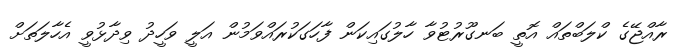
ރާއްޖޭގެ ކްލަބްތައް އޮތީ ބަނގޫރުޓުވާ ހާލުގައިކަން ފާހަގަކުރައްވަމުން އަލީ ވަހީދު ވިދާޅުވީ އެހާލަތަށް